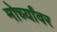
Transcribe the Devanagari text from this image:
मोर्च्यांवर